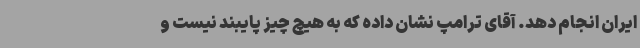
ایران انجام دهد. آقای ترامپ نشان داده که به هیچ چیز پایبند نیست و